King Institute of Preventive Medicine Micro-Biological Section reports 1912-19
Year: 1912
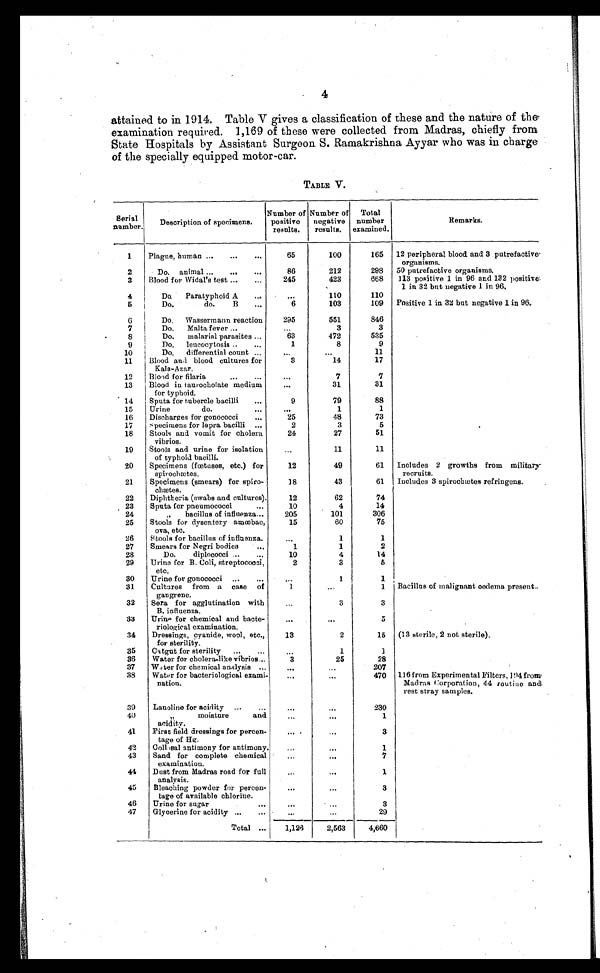
4
attained to in 1914. Table V gives a classification of these and the nature of the
examination required. 1,169 of these were collected from Madras, chiefly from
State Hospitals by Assistant Surgeon S. Ramakrishna Ayyar who was in charge
of the specially equipped motor-car.
TABLE V.
Serial
number.
Description of specimens.
Number of
positive
results.
Number of
negative
results.
Total
number
examined.
Remarks.
1 Plague, human . . .
65
100
165
12 peripheral blood and 3 putrefactive
organisms.
2
Do. animal . . .
86
212
298
50 putrefactive organisms.
3
Blood for Widal's test . . .
245
423
668
113 positive 1 in 96 and 132 positive
1 in 32 but negative 1 in 96.
4
Do.
Paratyphoid A . . .
. . .
110
110
5
Do.
do.
B . . .
6
103
109
Positive 1 in 32 but negative 1 in 96.
6
Do.
Wassermann reaction
295
551
846
7
Do.
Malta fever . . .
. . .
3
3
8
Do.
malarial parasites . . .
63
472
535
9
Do. leucocytosis . . .
1
8
9
10
Do.
differential count . . .
. . .
. . .
11
11
Blood and blood cultures for
Kala-Azar.
3
14
17
12
Blood for filaria . . .
. . .
7
7
13
Blood in taurocholate medium
for typhoid.
. . .
31
31
14
Sputa for tubercle bacilli . . .
9
79
88
15
Urine
do. . . .
. . .
1
1
16
Discharges for gonococci . . .
25
48
73
17
Specimens for lepra bacilli . . .
2
3
5
18
Stools and vomit for cholera
vibrios.
24
27
51
19
Stools and urine for isolation
of typhoid bacilli.
. . .
11
11
20
Specimens (fœtuses, etc.) for
spirochætes.
12
49
61
Includes 2 growths from military
recruits.
21
Specimens (smears) for spiro-
chætes.
18
43
61
Includes 3 spirochætes refringens.
22
Diphtheria (swabs and cultures).
12
62
74
23
Sputa for pneumococci . . .
10
4
14
24
" bacillus of influenza . . .
205
1 0 1
306
25
Stools for dysentery amœbae,
ova, etc.
15
60
75
26 Stools for bacillus of influenza.
. . .
1
1
27
Smears for Negri bodies . . .
1
1
2
28
Do.
diplococci . . .
10
4
14
29
Urine for B. Coli, streptococci,
etc.
2
3
5
30
Urine for gonococci . . .
. . .
1
1
31
Cultures from a case of
gangrene.
1
. . .
1 Bacillus of malignant oedema present.
32
Sera for agglutination with
B. influenza.
. . .
3
3
33
Urine for chemical and bacte-
riological examination.
. . .
. . .
5
34
Dressings, cyanide, wool, etc.,
for sterility.
13
2
15
(13 sterile, 2 not sterile).
35
Catgut for sterility . . .
. . .
1
1
36
Water for cholera-like vibrios . . .
3
25
28
37
Water for chemical analysis . . .
. . .
. . . 207
38
Water for bacteriological exami-
nation.
. . .
. . . 470 116 from Experimental Filters, 194 from
Madras Corporation, 44 routine and
rest stray samples.
39
Lanoline for acidity . . .
. . .
. . . 230
4 0
" m o i s t u r e a n d
acidity.
. . .
. . .
1
41
First field dressings for percen-
tage of Hg.
. . .
. . .
3
42
Collosal antimony for antimony.
. . .
. . .
1
43
Sand for complete chemical
examination.
. . .
. . .
7
44
Dust from Madras road for full
analysis.
. . .
. . .
1
45
Bleaching powder for percen-
tage of available chlorine.
. . .
. . .
3
46
Urine for sugar . . .
. . .
. . .
3
47
Glycerine for acidity . . .
. . .
. . .
29
Total . . .
1,126
2,563
4,660